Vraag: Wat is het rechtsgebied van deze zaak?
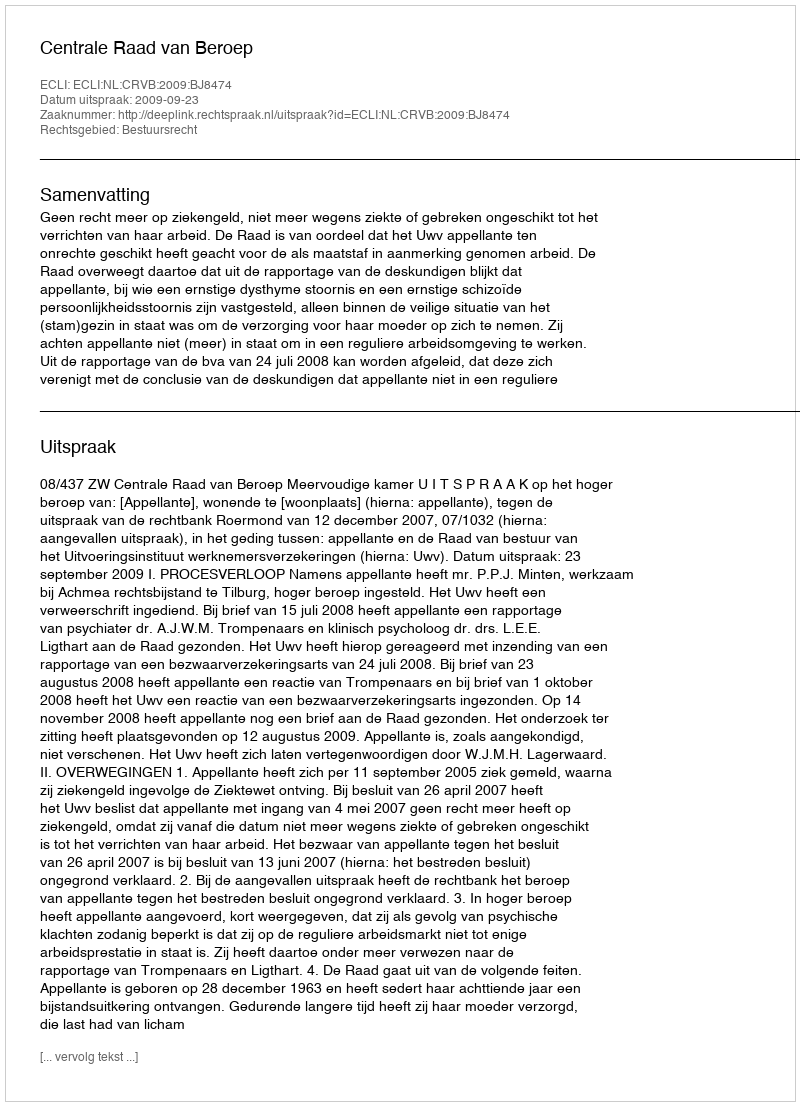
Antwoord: Bestuursrecht